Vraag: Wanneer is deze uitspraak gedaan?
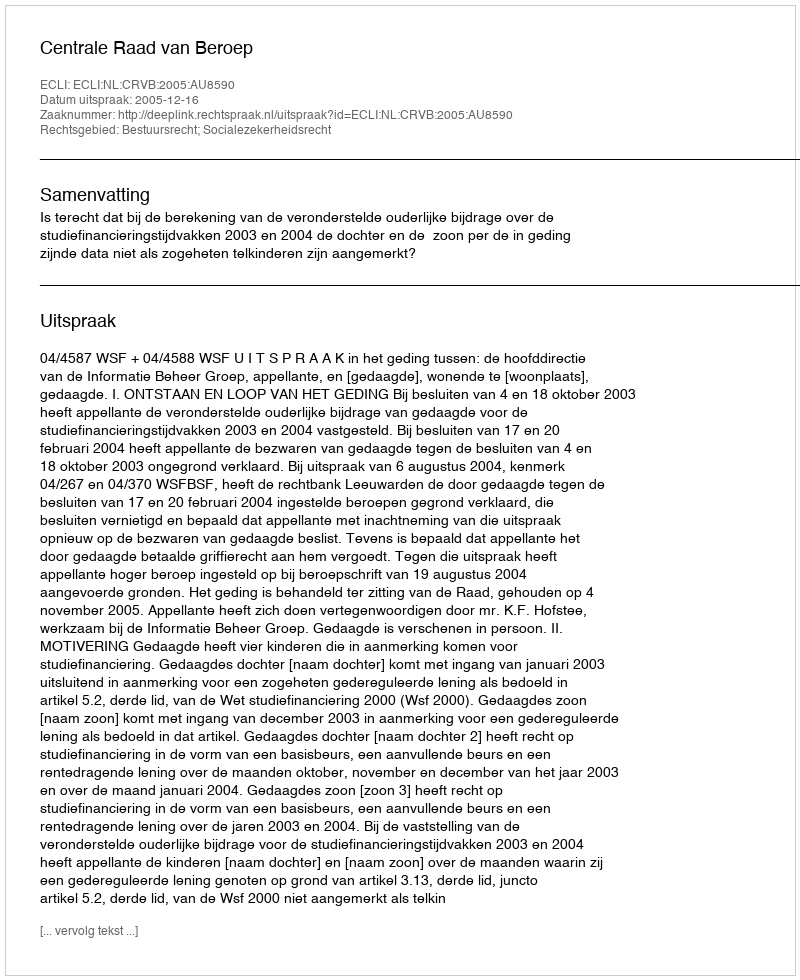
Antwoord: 2005-12-16